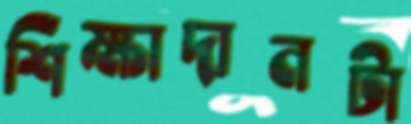
শিক্ষাদানটা